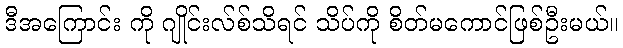
ဒီအကြောင်း ကို ဂျိုင်းလ်စ်သိရင် သိပ်ကို စိတ်မကောင်ဖြစ်ဦးမယ်။